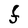
Character: F